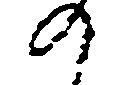
の